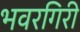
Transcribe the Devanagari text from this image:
भवरगिरी